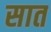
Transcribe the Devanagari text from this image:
सात